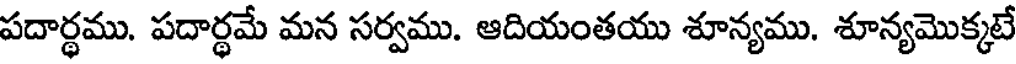
పదార్థము. పదార్థమే మన సర్వము. ఆదియంతయు శూన్యము. శూన్యమొక్కటే